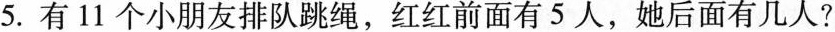
5.有11个小朋友排队跳绳，红红前面有5人，她后面有几个人？